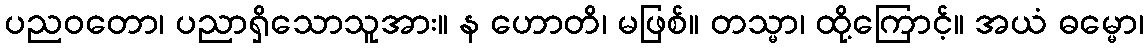
ပညဝတော၊ ပညာရှိသောသူအား။ န ဟောတိ၊ မဖြစ်။ တသ္မာ၊ ထို့ကြောင့်။ အယံ ဓမ္မော၊